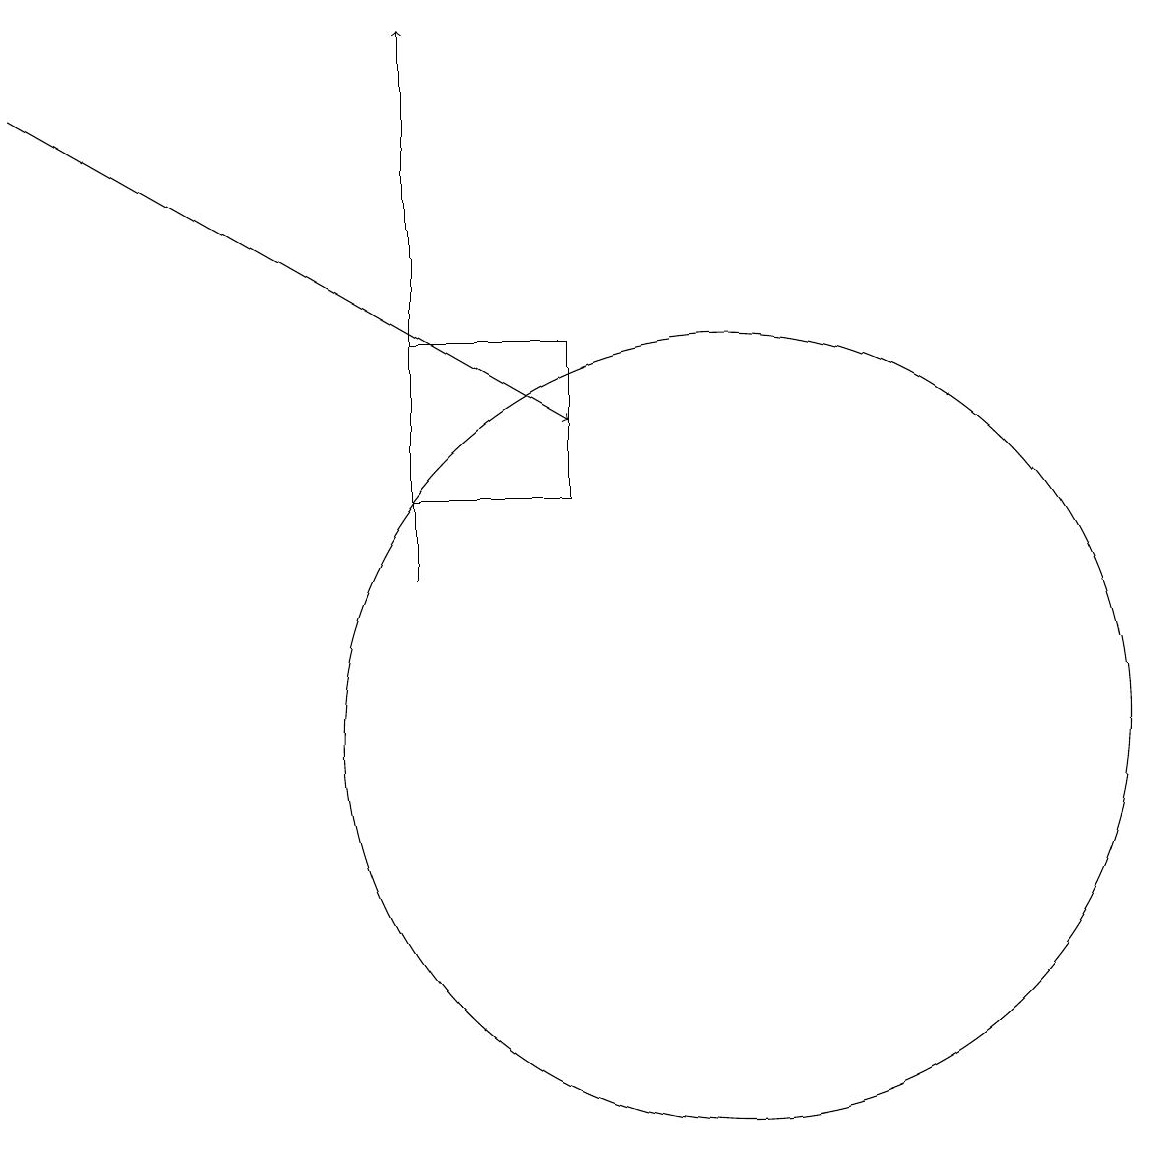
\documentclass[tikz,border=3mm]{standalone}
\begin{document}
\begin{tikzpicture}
\draw[->] (1,18) -- (8,14);
\draw[->] (6,12) -- (6,19);
\draw (10,10) circle (5);
\draw (6,15) rectangle (8,13);
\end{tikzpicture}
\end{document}